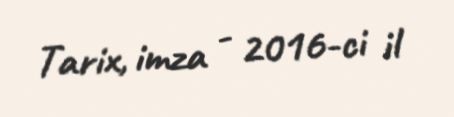
Tarix, imza - 2016-ci il